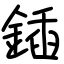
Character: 鍤